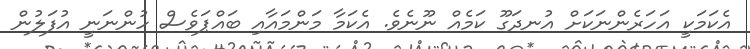
އެކަމަކީ އަހަރެންނަކަށް އުނދަގޫ ކަމެއް ނޫނެވެ. އެކަމާ މަންމައާއި ބައްޕަވެސް ހުންނަނީ އުފަލުން